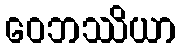
ဝေဘဿိယာ